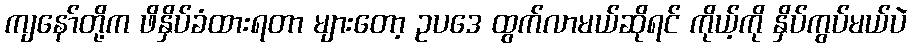
ကျနော်တို့က ဖိနှိပ်ခံထားရတာ များတော့ ဥပဒေ ထွက်လာမယ်ဆိုရင် ကိုယ့်ကို နှိပ်ကွပ်မယ်ပဲ